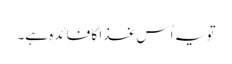
تو یہ اُس غذا کا فائدہ ہے۔